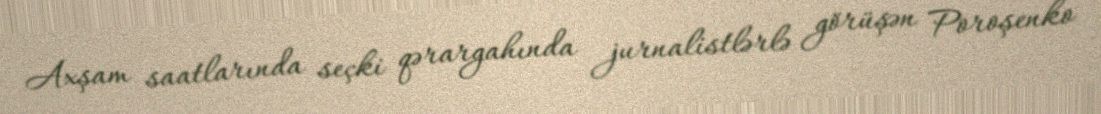
Axşam saatlarında seçki qərargahında jurnalistlərlə görüşən Poroşenko